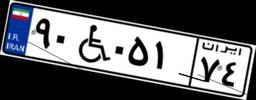
۹۰W۰۵۱۷۴